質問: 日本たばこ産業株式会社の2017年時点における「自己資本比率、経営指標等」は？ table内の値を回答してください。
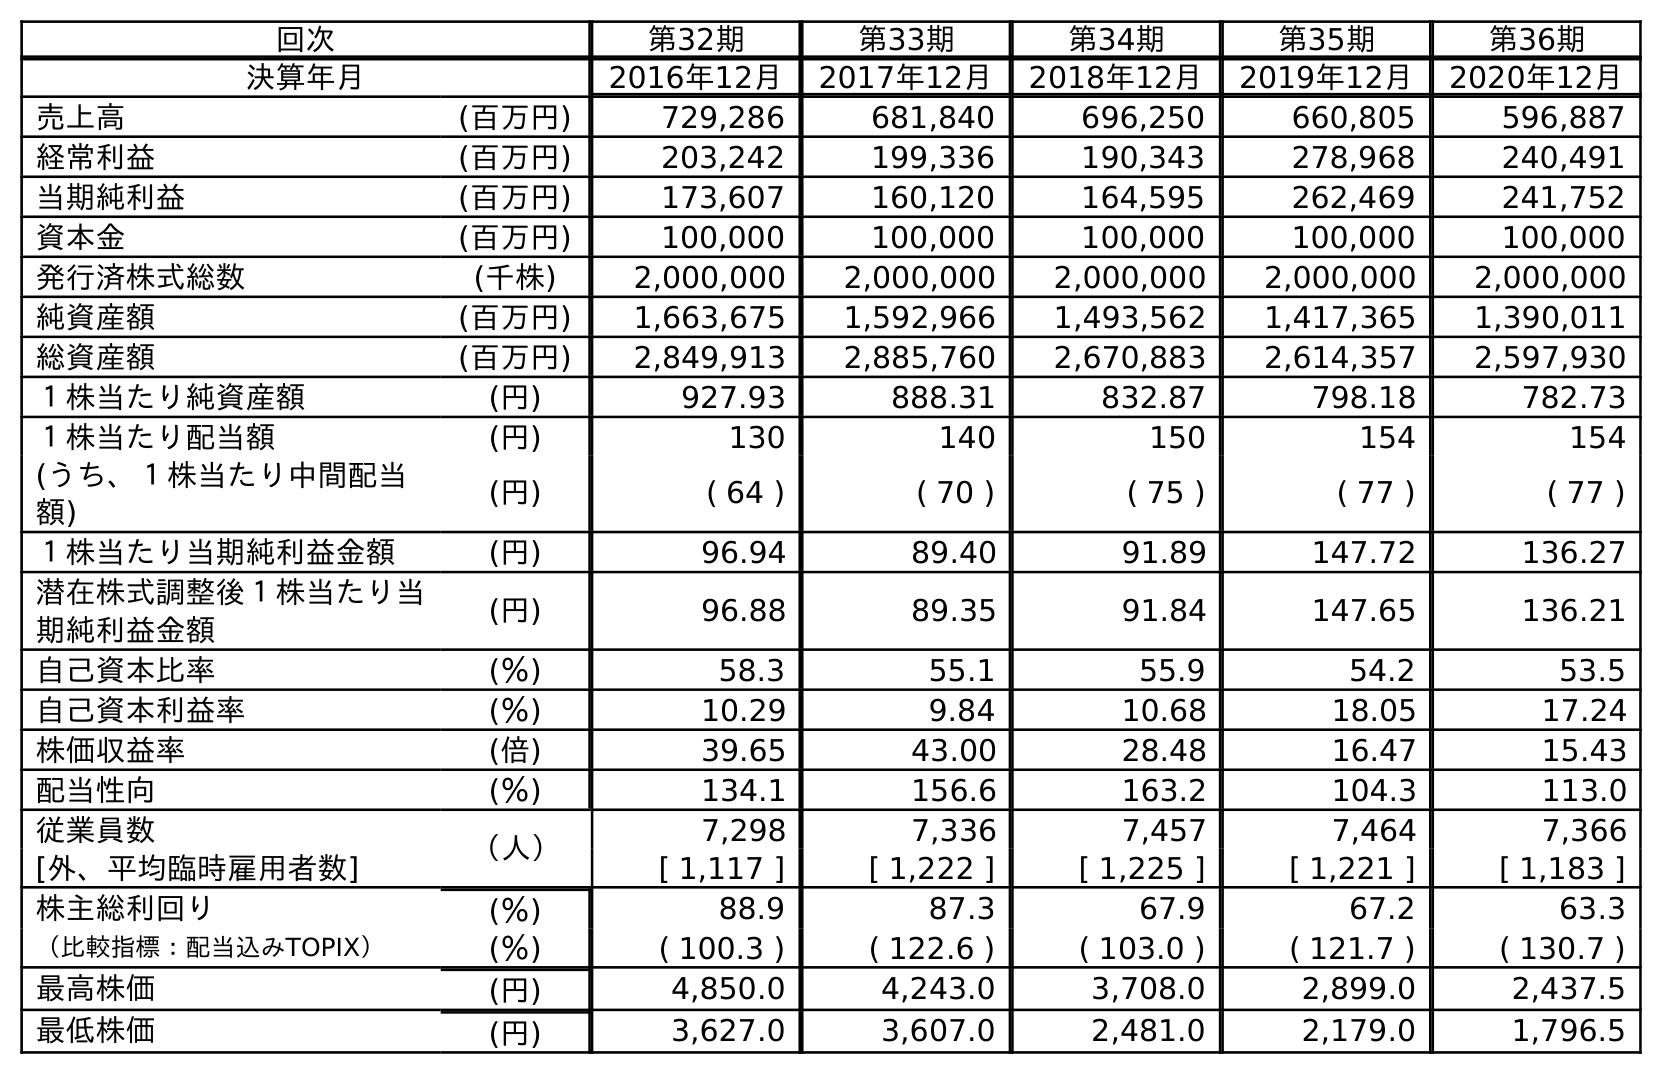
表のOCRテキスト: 回次 第32期 第33期 第34期 第35期 第36期 決算年月 2016年12月 2017年12月 2018年12月 2019年12月 2020年12月 売上高 (百万円) 729,286 681,840 696,250 660,805 596,887 経常利益 (百万円) 203,242 199,336 190,343 278,968 240,491 当期純利益 (百万円) 173,607 160,120 164,595 262,469 241,752 資本金 (百万円) 100,000 100,000 100,000 100,000 100,000 発行済株式総数 (千株) 2,000,000 2,000,000 2,000,000 2,000,000 2,000,000 純資産額 (百万円) 1,663,675 1,592,966 1,493,562 1,417,365 1,390,011 総資産額 (百万円) 2,849,913 2,885,760 2,670,883 2,614,357 2,597,930 １株当たり純資産額 (円) 927.93 888.31 832.87 798.18 782.73 １株当たり配当額 (円) 130 140 150 154 154 (うち、１株当たり中間配当 額) (円) ( 64 ) ( 70 ) ( 75 ) ( 77 ) ( 77 ) １株当たり当期純利益金額 (円) 96.94 89.40 91.89 147.72 136.27 潜在株式調整後１株当たり当 期純利益金額 (円) 96.88 89.35 91.84 147.65 136.21 自己資本比率 (％) 58.3 55.1 55.9 54.2 53.5 自己資本利益率 (％) 10.29 9.84 10.68 18.05 17.24 株価収益率 (倍) 39.65 43.00 28.48 16.47 15.43 配当性向 (％) 134.1 156.6 163.2 104.3 113.0 従業員数 （人） 7,298 7,336 7,457 7,464 7,366 [外、平均臨時雇用者数] [ 1,117 ] [ 1,222 ] [ 1,225 ] [ 1,221 ] [ 1,183 ] 株主総利回り (％) 88.9 87.3 67.9 67.2 63.3 （比較指標：配当込みTOPIX） (％) ( 100.3 ) ( 122.6 ) ( 103.0 ) ( 121.7 ) ( 130.7 ) 最高株価 (円) 4,850.0 4,243.0 3,708.0 2,899.0 2,437.5 最低株価 (円) 3,627.0 3,607.0 2,481.0 2,179.0 1,796.5
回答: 55.1